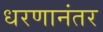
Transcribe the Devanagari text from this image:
धरणानंतर